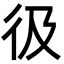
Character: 彶